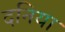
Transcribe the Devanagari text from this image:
दनिया